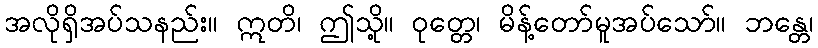
အလိုရှိအပ်သနည်း။ ဣတိ၊ ဤသို့။ ဝုတ္တေ၊ မိန့်တော်မူအပ်သော်။ ဘန္တေ၊